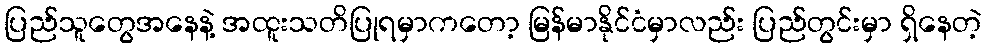
ပြည်သူတွေအနေနဲ့ အထူးသတိပြုရမှာကတော့ မြန်မာနိုင်ငံမှာလည်း ပြည်တွင်းမှာ ရှိနေတဲ့